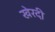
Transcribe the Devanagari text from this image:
खेरदी